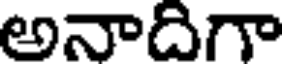
అనాదిగా